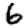
Digit: 6